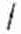
/